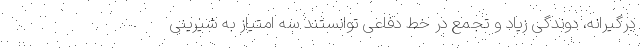
درگیرانه، دوندگی زیاد و تجمع در خط دفاعی توانستند سه امتیاز به شیرینی